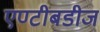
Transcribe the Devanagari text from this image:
एण्टीबडीज